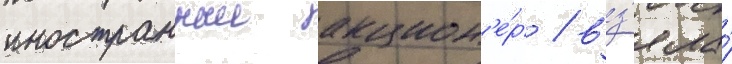
иностранныи акцион'е́р / вз'яла́